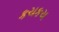
કચકચ